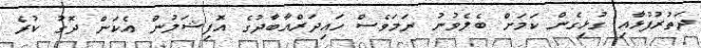
ދަތުރުފުޅާއި ގުޅިގެން ކަމަށް ބެލެވުނު ނަމަވެސް ހައިދަރްއާބާދުގެ އޮފިޝަލުން އެކަން ދޮގު ކުރެ